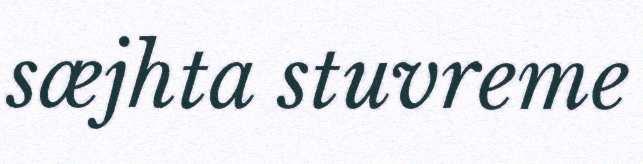
sæjhta stuvreme